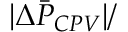
| \Delta \bar { P } _ { C P V } | / \